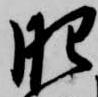
肥